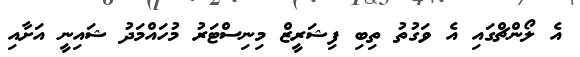
އެ ލޯންޗްގައި އެ ވަގުތު ތިބި ފިޝަރީޒް މިނިސްޓަރު މުހައްމަދު ޝައިނީ އަށާއި